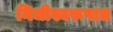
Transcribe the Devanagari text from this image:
निधीस्वरूपात